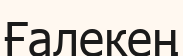
Ғалекең